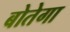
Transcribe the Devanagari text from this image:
बोतेगा